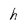
Character: h